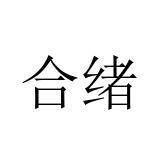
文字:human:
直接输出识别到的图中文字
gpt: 合绪